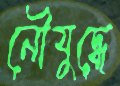
নৌযুদ্ধে